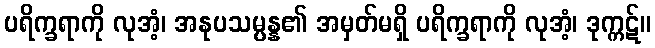
ပရိက္ခရာကို လုအံ့၊ အနုပသမ္ပန္န၏ အမှတ်မရှိ ပရိက္ခရာကို လုအံ့၊ ဒုက္ကဋ်။